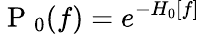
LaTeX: \mathrm{~P~}_{0}(f)=e^{-H_{0}[f]}